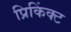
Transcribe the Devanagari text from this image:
प्रिकिंक्ट